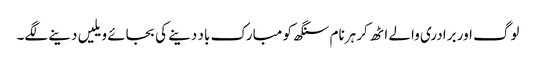
لوگ اور برادری والے اٹھ کر ہرنام سنگھ کو مبارک باد دینے کی بجائے ویلیں دینے لگے۔